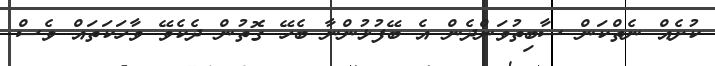
ކުށެއް ނެތްކަން ސާބިތުވަންދެން އެ ބޭފުޅުންނާ ބެހޭ ގޮތުން ދެކެވޭ ވާހަކަތައް ވެސް